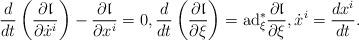
LaTeX: \begin{align*} \frac{d}{dt}\left(\frac{\partial {\mathfrak l}}{\partial \dot{x}^i}\right)-\frac{\partial {\mathfrak l}}{\partial x^i}=0, \frac{d}{dt}\left(\frac{\partial {\mathfrak l}}{\partial \xi}\right)=\hbox{ad}^*_{\xi}\frac{\partial {\mathfrak l}}{\partial \xi}, \dot{x}^{i} = \frac{dx^{i}}{dt}. \end{align*}